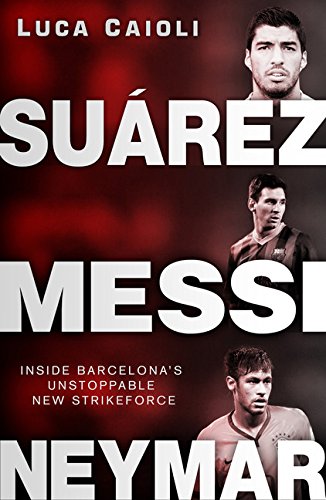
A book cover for SuÃ¡rez, Messi, Neymar: Inside Barcelona's Unstoppable Strikeforce; Luca Caioli; Biographies & Memoirs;